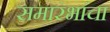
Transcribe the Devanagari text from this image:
समारंभांचा